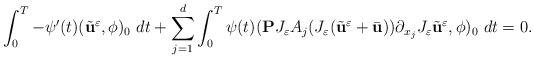
LaTeX: \begin{align*}\int_{0}^{T} - \psi'(t) (\tilde{\textbf{u}}^{\varepsilon}, \phi)_{0} ~ dt + \sum_{j=1}^{d}\int_{0}^{T} \psi(t) (\textbf{P} J_{\varepsilon}A_{j}(J_{\varepsilon}(\tilde{\textbf{u}}^{\varepsilon}+\bar{\textbf{u}}))\partial_{x_{j}}J_{\varepsilon}\tilde{\textbf{u}}^{\varepsilon}, \phi)_{0} ~ dt = 0.\end{align*}